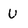
Character: U